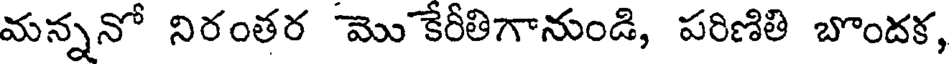
మన్ననో నిరంతర మొ కేరీతిగానుండి, పరిణితి బొందక,